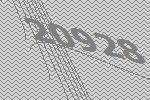
20928